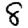
Digit: 8